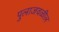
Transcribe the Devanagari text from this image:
पुलाजवळील